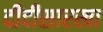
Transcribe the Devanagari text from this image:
दीदीसारखा